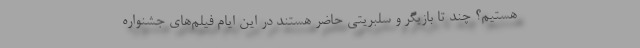
هستیم؟ چند تا بازیگر و سلبریتی حاضر هستند در این ایام فیلم‌های جشنواره